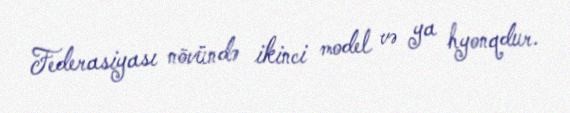
Federasiyası növündə ikinci model və ya hyonqdur.